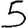
Digit: 5